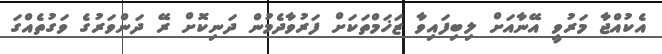
އެކުއްޖާ މަރުވީ އޭނާއަށް ލިބިފައިވާ ޒަޚަމްތަކަށް ފަރުވާދެމުން ދަނިކޮށް ރޭ ދަންވަރުގެ ވަގުތެއްގަ